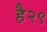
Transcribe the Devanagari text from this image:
है२९